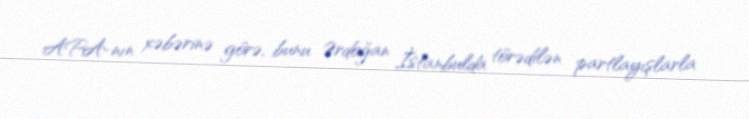
APA-nın xəbərinə görə, bunu Ərdoğan İstanbulda törədilən partlayışlarla